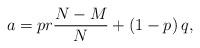
LaTeX: \begin{align*} a = p r \frac{N-M}{N}+ \left(1-p\right) q,\end{align*}